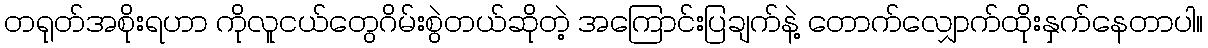
တရုတ်အစိုးရဟာ ကိုလူငယ်တွေဂိမ်းစွဲတယ်ဆိုတဲ့ အကြောင်းပြချက်နဲ့ တောက်လျှောက်ထိုးနှက်နေတာပါ။